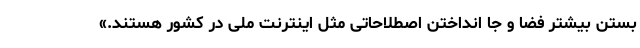
بستن بیشتر فضا ‌و جا انداختن اصطلاحاتی مثل اینترنت ملی در کشور هستند.»